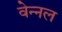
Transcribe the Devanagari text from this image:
वेन्नल